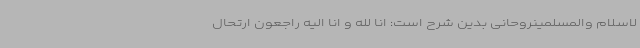
لاسلام والمسلمینروحانی بدین شرح است: انا لله و انا الیه راجعون ارتحال